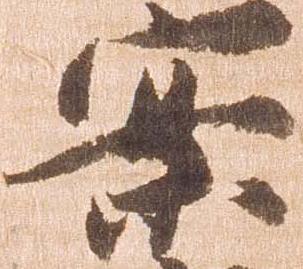
案